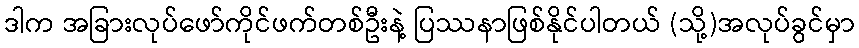
ဒါက အခြားလုပ်ဖော်ကိုင်ဖက်တစ်ဦးနဲ့ ပြဿနာဖြစ်နိုင်ပါတယ် (သို့)အလုပ်ခွင်မှာ